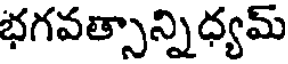
భగవత్సాన్నిధ్యమ్